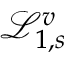
\mathcal { L } _ { 1 , s } ^ { v }